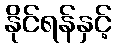
နိုင်ရန်နှင့်